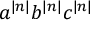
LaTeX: a ^ { | n | } b ^ { | n | } c ^ { | n | }